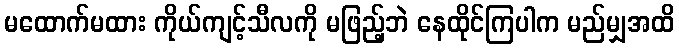
မထောက်မထား ကိုယ်ကျင့်သီလကို မဖြည့်ဘဲ နေထိုင်ကြပါက မည်မျှအထိ